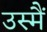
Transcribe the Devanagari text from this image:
उस्मैं